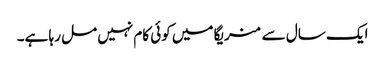
ایک سال سے منریگا میں کوئی کام نہیں مل رہا ہے۔